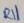
Text: R11